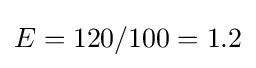
E=120/100=1.2